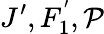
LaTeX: J^{\prime},F_{1}^{'},\mathcal{P}